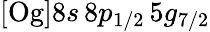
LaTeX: [\mathrm{Og}]8s\, 8p_{1/2}\, 5g_{7/2}